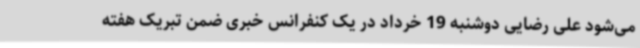
می‌شود علی رضایی دوشنبه 19 خرداد در یک کنفرانس خبری ضمن تبریک هفته